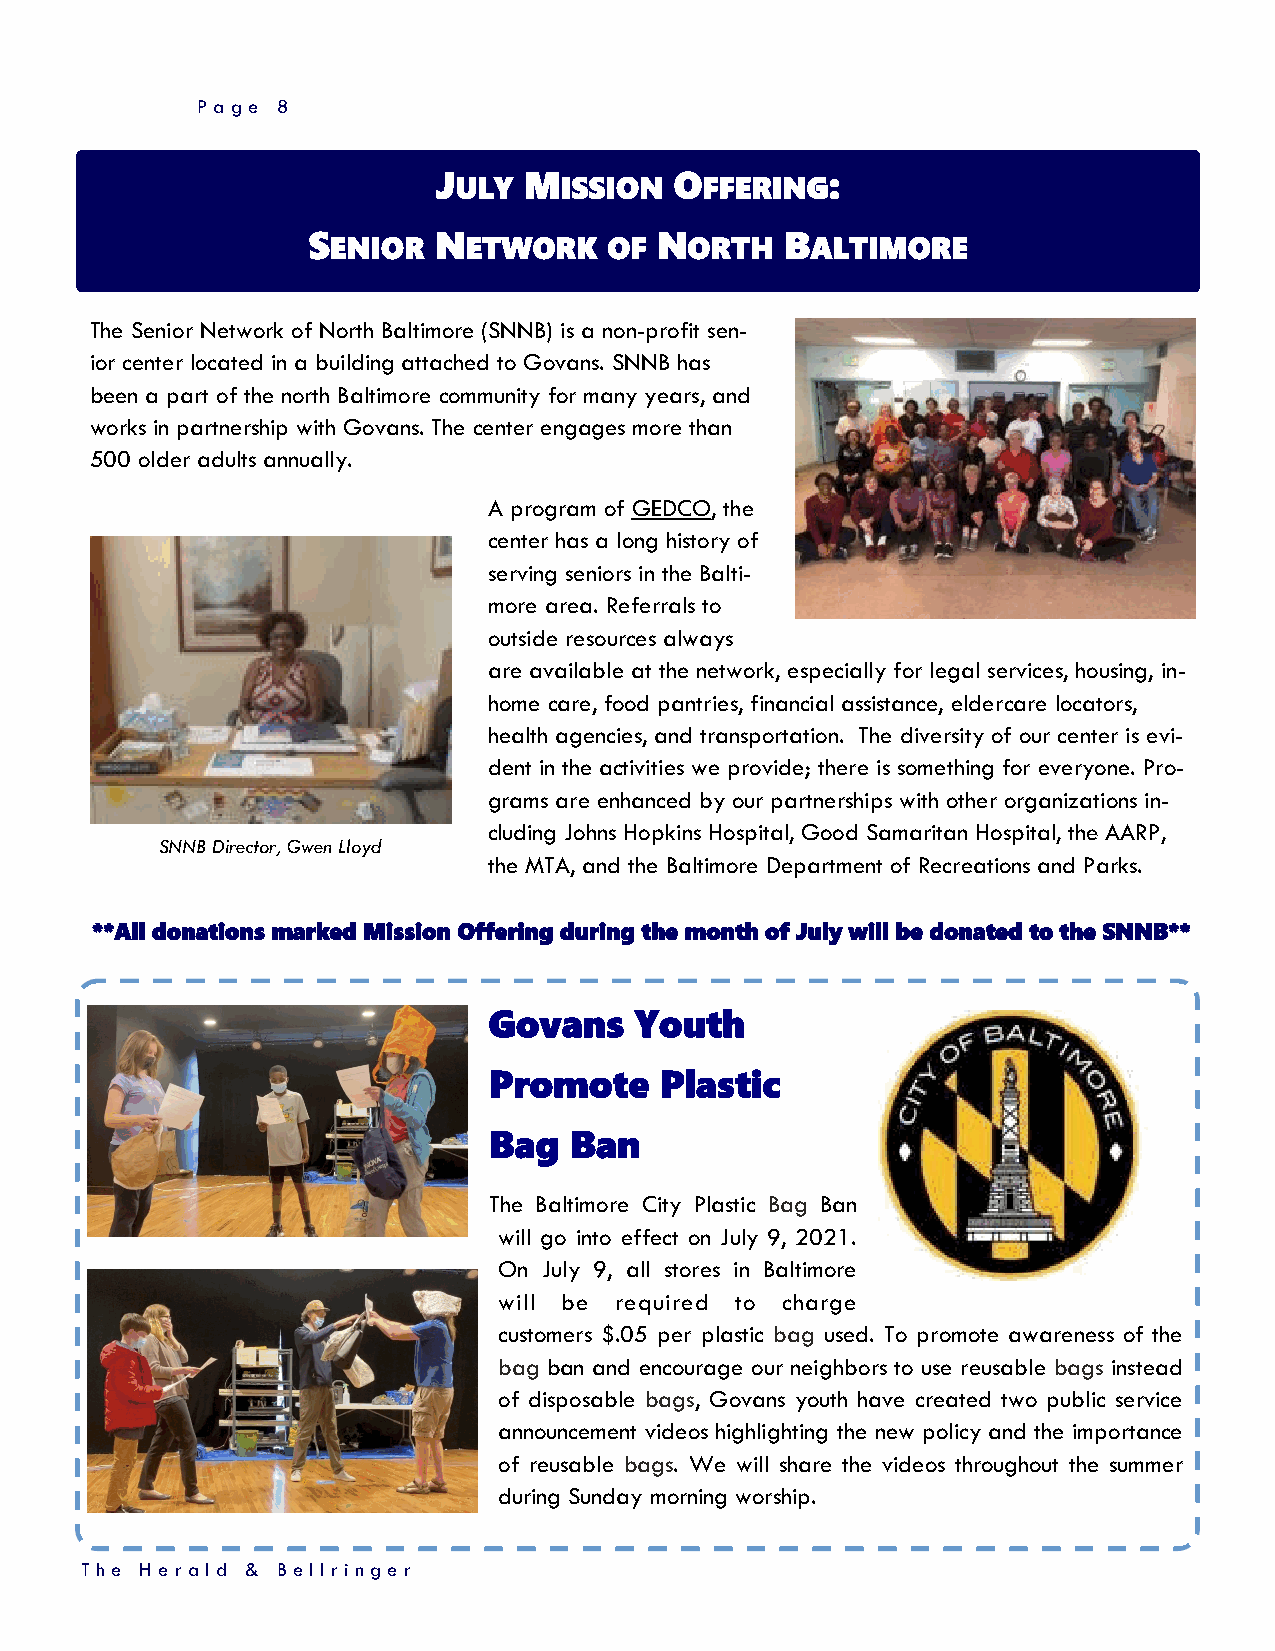
Page 8
 JULY  MISSION   OFFERING:
 SENIOR   NETWORK    OF  NORTH   BALTIMORE
 The Senior Network of North Baltimore (SNNB) is a non-profit sen-
 ior center located in a building attached to Govans. SNNB has
 been a part of the north Baltimore community for many years, and
 works in partnership with Govans. The center engages more than
 500 older adults annually.
 A program of GEDCO, the
 center has a long history of
 serving seniors in the Balti-
 more area. Referrals to
 outside resources always
 are available at the network, especially for legal services, housing, in-
 home care, food pantries, financial assistance, eldercare locators,
 health agencies, and transportation. The diversity of our center is evi-
 dent in the activities we provide; there is something for everyone. Pro-
 grams are enhanced by our partnerships with other organizations in-
 cluding Johns Hopkins Hospital, Good Samaritan Hospital, the AARP,
 SNNB Director, Gwen Lloyd
 the MTA, and the Baltimore Department of Recreations and Parks.
 **All donations marked Mission Offering during the month of July will be donated to the SNNB**
 Govans    Youth
 Promote     Plastic
 Bag   Ban
 The Baltimore City Plastic Bag Ban
 will go into effect on July 9, 2021.
 On July 9, all stores in Baltimore
 will be required to charge
 customers $.05 per plastic bag used. To promote awareness of the
 bag ban and encourage our neighbors to use reusable bags instead
 of disposable bags, Govans youth have created two public service
 announcement videos highlighting the new policy and the importance
 of reusable bags. We will share the videos throughout the summer
 during Sunday morning worship.
 T h e H erald & Bellrin ger